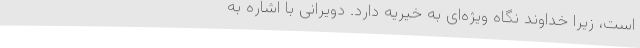
است، زیرا خداوند نگاه ویژه‌ای به خیریه دارد. دویرانی با اشاره به